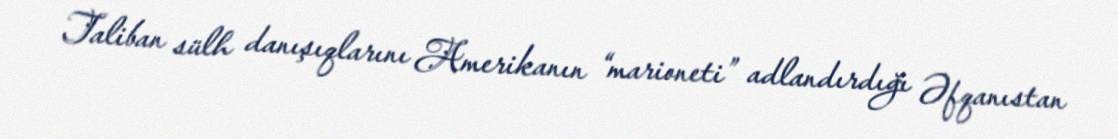
Taliban sülh danışıqlarını Amerikanın “marioneti” adlandırdığı Əfqanıstan